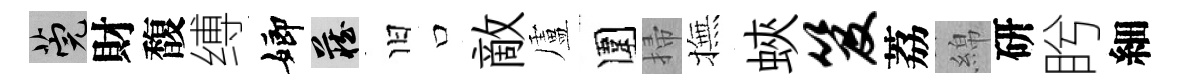
筦財馥缚嫏藏旧口敵盧圍掃撫蛺笈荔綿研盻細